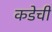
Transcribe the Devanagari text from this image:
कडेची